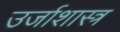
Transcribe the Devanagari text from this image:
उर्जाशास्त्र